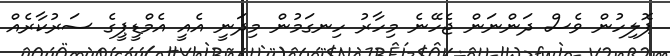
ޕޮލިހުން ވެސް ދަންނަން ޖެހޭނެ މިހާރު ހިނގަމުން މިދަނީ އެއީ އެމްޑީޕީގެ ސަރުކާރެއް